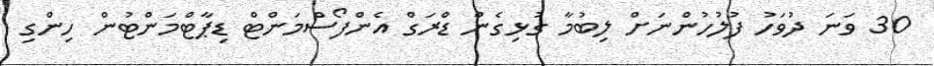
30 ވަނަ ދުވަހު ފުލުހުންނަށް ލިބުމާ ގުޅިގެން ޑްރަގް އެންފޯސްމަންޓް ޑިޕާޓްމަންޓުން ހިންގި